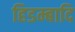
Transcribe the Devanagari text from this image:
हिडम्बादि